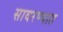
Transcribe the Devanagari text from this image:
सावरण्यात